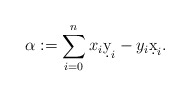
\begin{align*}\alpha:=\sum_{i=0}^{n}x_{i}\d y_{i}-y_{i}\d x_{i}.\end{align*}